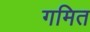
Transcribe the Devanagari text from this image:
गमित